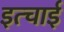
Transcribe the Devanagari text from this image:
इत्चाई